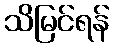
သိမြင်ရန်